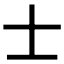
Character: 士